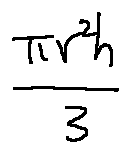
\frac { \pi r ^ { 2 } h } { 3 }